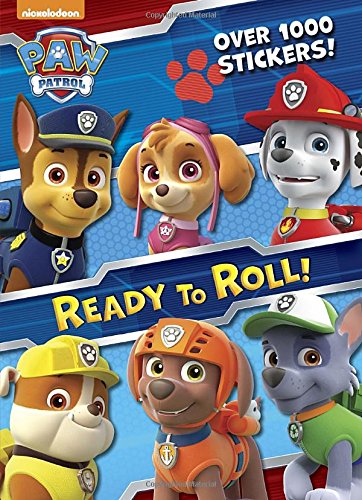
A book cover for Ready to Roll! (Paw Patrol) (Color Plus 1,000 Stickers); Golden Books; Children's Books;